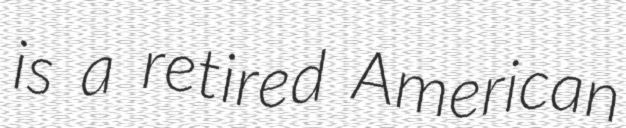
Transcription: is a retired American